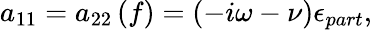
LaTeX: a_{11}=a_{22}\left(f\right)=\left(-i\omega-\nu\right)\epsilon_{part},